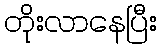
တိုးလာနေပြီး